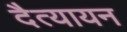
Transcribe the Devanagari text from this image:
दैत्यायन